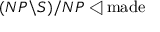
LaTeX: ( N P \backslash S ) / N P \triangleleft { \mathrm { m a d e } }